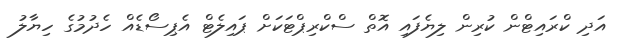
އަދި ކްރައިޓްން ކުރިން ލިޔެފައި އޮތް ސްކްރިޕްޓަކަށް ޕައިލެޓް އެޕިސޯޑެއް ހެދުމުގެ ހިޔާލު